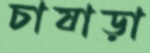
চাষাড়া